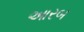
આરબ